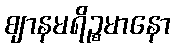
ဈာနမရိဉ္စမာနော